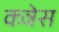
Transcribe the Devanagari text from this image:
कन्नेस